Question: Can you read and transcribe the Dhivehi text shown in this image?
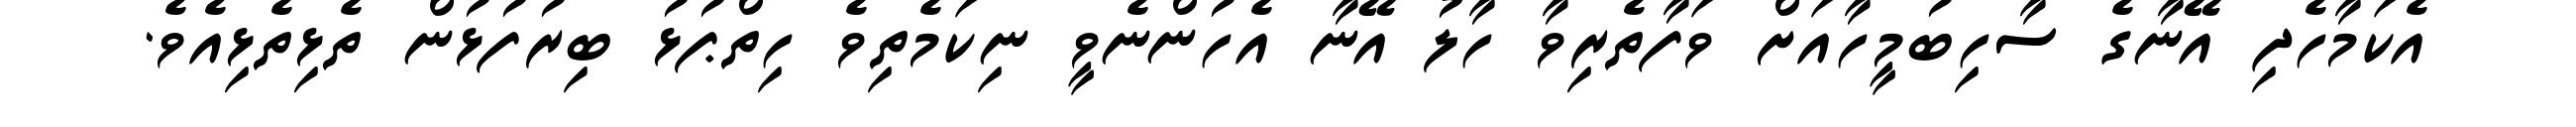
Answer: އެކަމާހެދި އޭނާގެ ސާހިބުމީހާއަށް ވަފާތެރިވާ ހާލު އޭނާ އެހުންނެވީ ނިކަމެތިވެ ހިތްޕުޅު ބިރުފުޅުން ތެޅިތެޅިއެވެ.